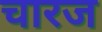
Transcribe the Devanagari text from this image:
चारज